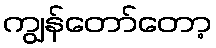
ကျွန်တော်တော့